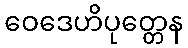
ဝေဒေဟိပုတ္တေန